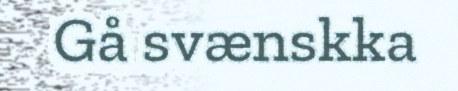
Gå svænskka